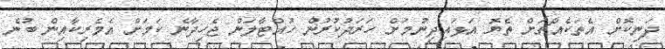
ދަނިކޮށް އެތަކެއްޗަށް ތެޔޮ އަޅައިދިނުމަށް ހަރަދުކުރުން ހުއްޓާލަން ޖެހިދާނެ ކަމަށް އެމެރިކާއިން ބުނެ